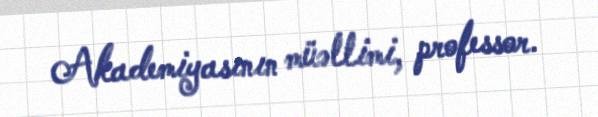
Akademiyasının müəllimi, professor.